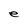
Character: e